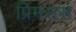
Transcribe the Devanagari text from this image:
प्रिमसस